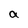
Character: a